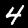
Digit: 4